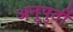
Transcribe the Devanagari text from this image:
अनुपुर्ती